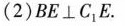
(2)BE\bot C_{1}E.